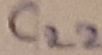
Text: C22